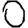
Digit: 0